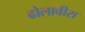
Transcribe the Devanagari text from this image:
ढोलावीरा